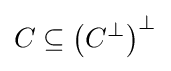
C\subseteq \left(C^{\bot }\right)^{\bot }